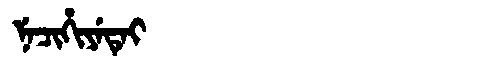
Manchu: ᠨᡝᠴᡳᡥᡳᠶᡝᡨᡝᡳ
Romanization: NECIHIYETEI